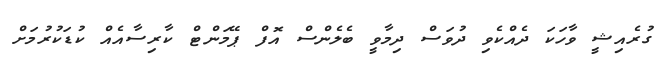
ގުރެއިޝީ ވާހަކަ ދެއްކެވި ދުވަސް ދިމާވީ ބެލެންސް އޮފް ޕޭމަންޓް ކާރިސާއެއް ކުޑަކުރުމަށް